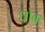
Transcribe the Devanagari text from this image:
धोबा